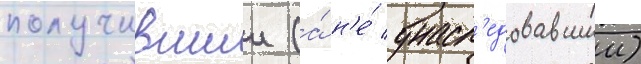
получившии (а́ н'е́ унасл'едовавшии)